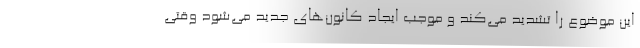
این موضوع را تشدید می‌کند و موجب ایجاد کانون‌های جدید می‌شود وقتی